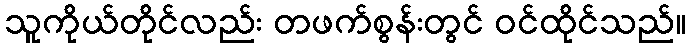
သူကိုယ်တိုင်လည်း တဖက်စွန်းတွင် ဝင်ထိုင်သည်။